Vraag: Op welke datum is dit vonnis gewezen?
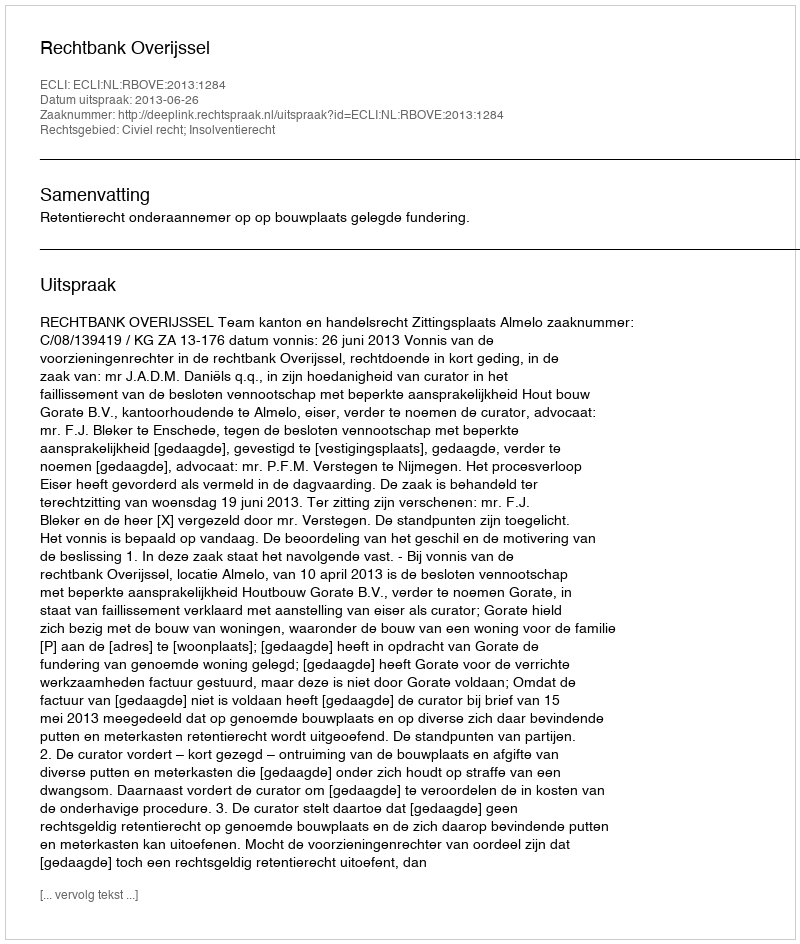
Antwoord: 2013-06-26